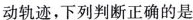
动轨迹，下列判断正确的是